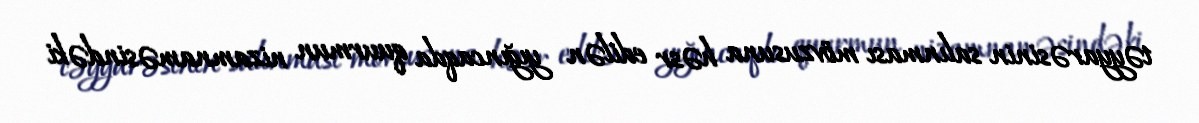
təyyarəsinin salınması mövzusuna həsr edilən yığıncaqda quurmun nizamnaməsindəki